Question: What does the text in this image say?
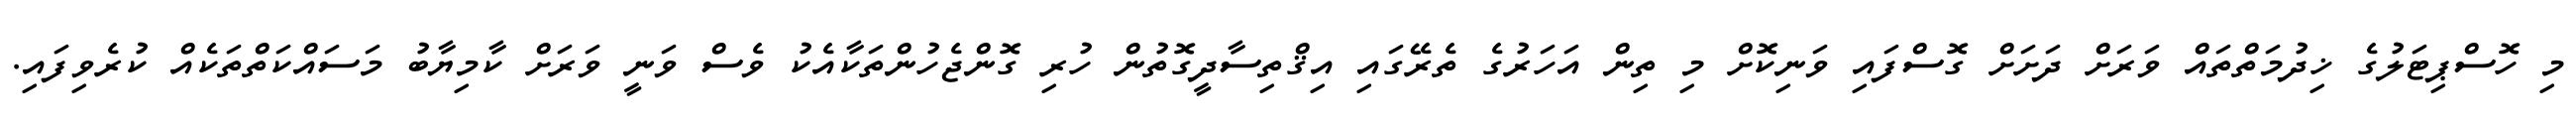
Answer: މި ހޮސްޕިޓަލުގެ ޚިދުމަތްތައް ވަރަށް ދަށަށް ގޮސްފައި ވަނިކޮށް މި ތިން އަހަރުގެ ތެރޭގައި އިޤްތިސާދީގޮތުން ހުރި ގޮންޖެހުންތަކާއެކު ވެސް ވަނީ ވަރަށް ކާމިޔާބު މަސައްކަތްތަކެއް ކުރެވިފައި.